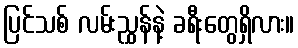
ပြင်သစ် လမ်းညွှန်နဲ့ ခရီးတွေရှိလား။